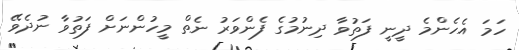
ހަމަ އެހެންމެ ދީނީ ފަތުވާ ދިނުމުގެ ފެންވަރު ނެތް މީހުންނަށް ފަތުވާ ނުދެވޭ